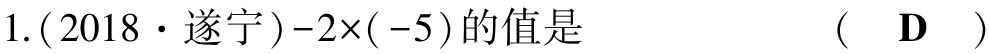
1.(2018·遂宁)$-2\times(-5)$的值是  (  D  )